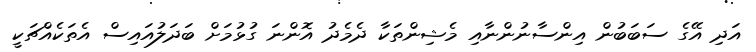
އަދި އޭގެ ސަބަބުން އިންސާނުންނާއި މެޝިންތަކާ ދެމެދު އޮންނަ ގުޅުމަށް ބަދަލުއައިސް އެތަކެއްޗަކީ